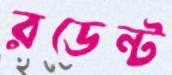
রডেন্ট